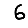
Digit: 6